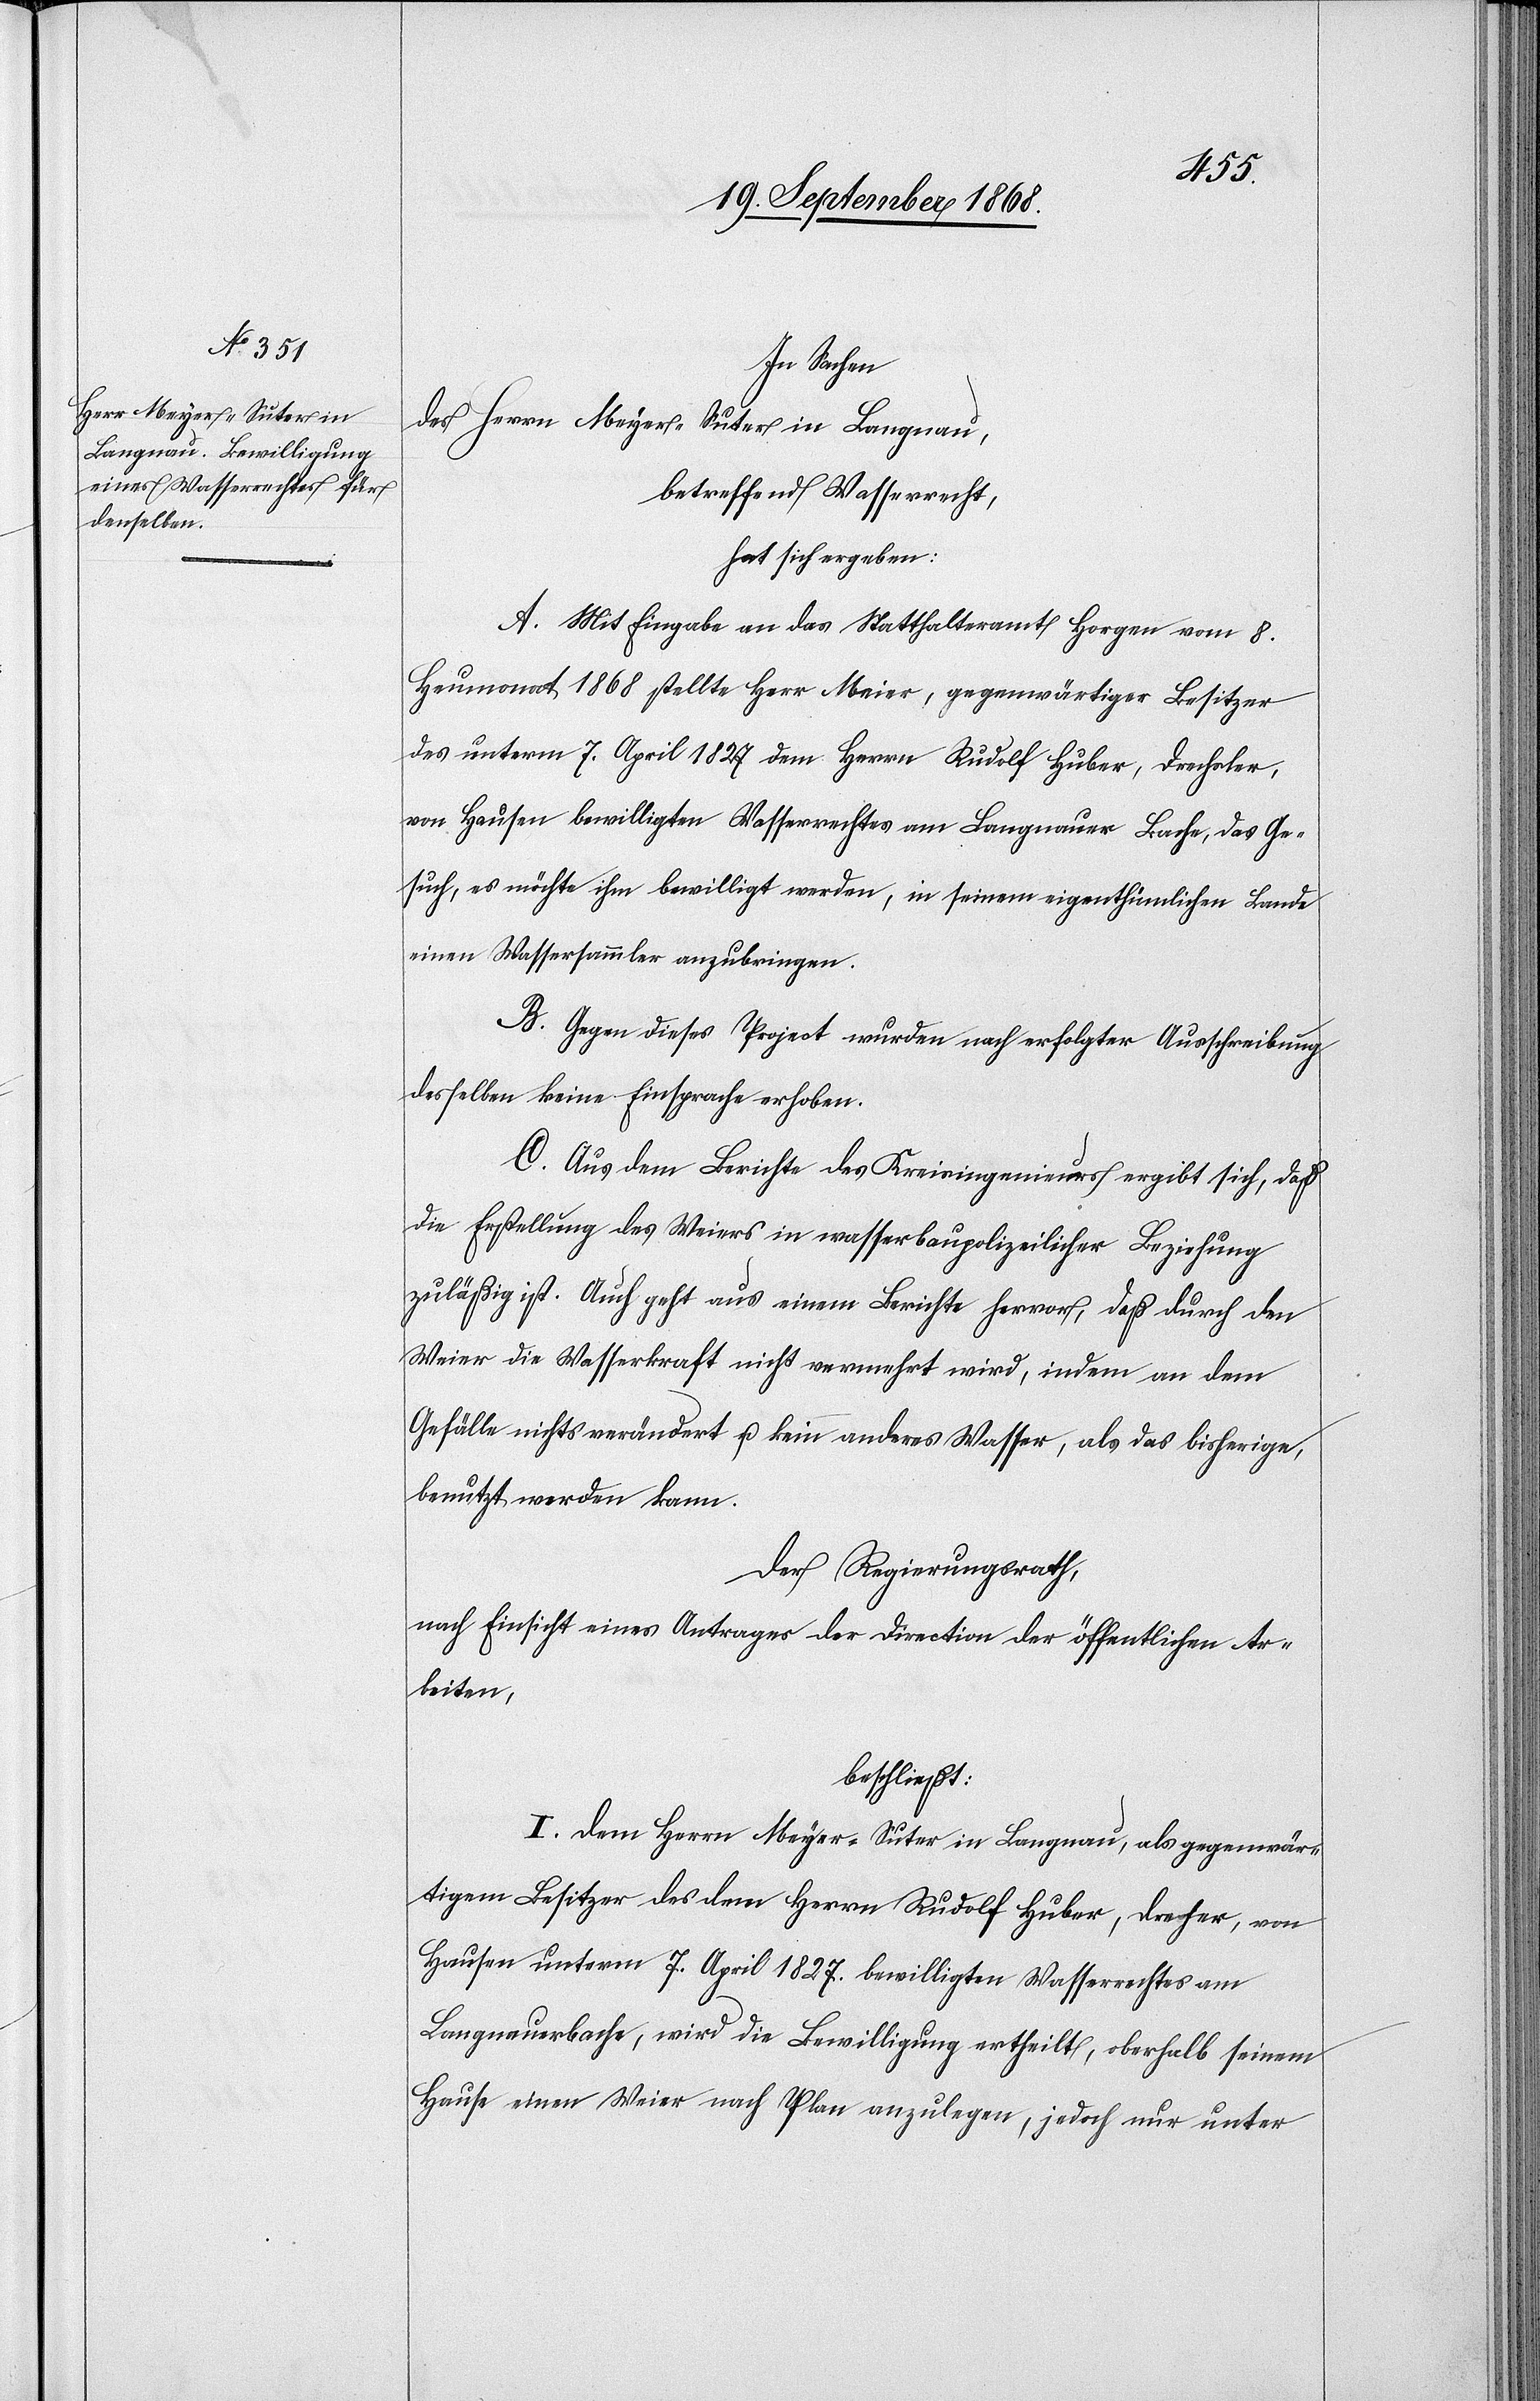
In Sachen
des Herrn Meyer-Suter in Langnau,
betreffend Wasserrecht,
hat sich ergeben:
A. Mit Eingabe an das Statthalteramt Horgen vom 8.
Heumonat 1868 stellte Herr Meier, gegenwärtiger Besitzer
des unterm 7. April 1827 dem Herrn Rudolf Huber, Drechsler,
von Hausen bewilligten Wasserrechtes am Langnauer Bache, das Ge¬
such, es möchte ihm bewilligt werden, in seinem eigenthümlichen Lande
einen Wassersammler anzubringen.
B. Gegen dieses Project wurden nach erfolgter Ausschreibung
desselben keine Einsprache[n] erhoben.
C. Aus dem Berichte des Kreisingenieurs ergibt sich, daß
die Erstellung des Weiers in wasserbaupolizeilicher Beziehung
zuläßig ist. Auch geht aus einem Berichte hervor, daß durch den
Weier die Wasserkraft nicht vermehrt wird, indem an dem
Gefälle nichts verändert u. kein anderes Wasser, als das bisherige,
benutzt werden kann.
Der Regierungsrath,
nach Einsicht eines Antrages der Direction der öffentlichen Ar¬
beiten,
beschließt:
I. Dem Herrn Meyer-Suter in Langnau, als gegenwär¬
tigem Besitzer des dem Herrn Rudolf Huber, Dreher
Hausen unterm 7. April 1827. bewilligten Wasserrechtes am
Langnauerbache, wird die Bewilligung ertheilt, oberhalb seinem
Hause einen Weier nach Plan anzulegen, jedoch nur unter